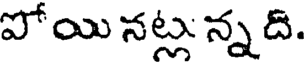
పోయి నట్లు న్న ది.